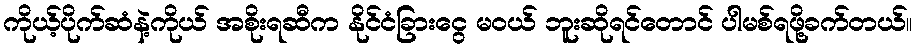
ကိုယ့်ပိုက်ဆံနဲ့ကိုယ် အစိုးရဆီက နိုင်ငံခြားငွေ မဝယ် ဘူးဆိုရင်တောင် ပါမစ်ရဖို့ခက်တယ်။